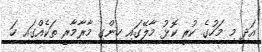
އަދި މި މަހުގެ ކުރީ ކޮޅު މާލޭގައި ހިންގި މާރާމާރީ ތަކެއްގައި ހަ